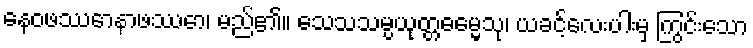
နေဝဖဿောနာဖဿော၊ မည်၏။ သေသသမ္ပယုတ္တဓမ္မေသု၊ ယခင့်လေးပါးမှ ကြွင်းသော